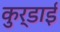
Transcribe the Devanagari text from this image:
कुर्डाई